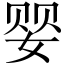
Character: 婴